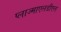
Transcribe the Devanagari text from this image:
प्लाज्माएलडीएल